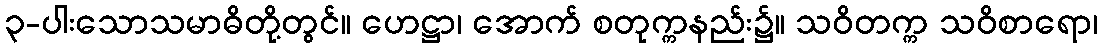
၃-ပါးသောသမာဓိတို့တွင်။ ဟေဋ္ဌာ၊ အောက် စတုက္ကနည်း၌။ သဝိတက္က သဝိစာရော၊